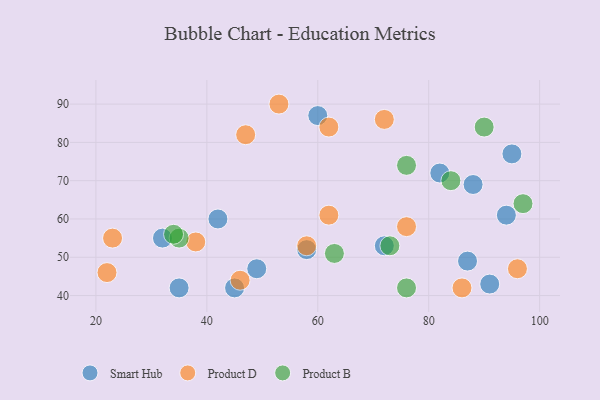
{"axis": {"x": "GDP", "y": "Life Expectancy"}, "legend": ["Product B", "Product D", "Smart Hub"], "data": [{"x": "95", "y": 77, "type": "Smart Hub"}, {"x": "49", "y": 47, "type": "Smart Hub"}, {"x": "91", "y": 43, "type": "Smart Hub"}, {"x": "87", "y": 49, "type": "Smart Hub"}, {"x": "35", "y": 42, "type": "Smart Hub"}, {"x": "58", "y": 52, "type": "Smart Hub"}, {"x": "88", "y": 69, "type": "Smart Hub"}, {"x": "72", "y": 53, "type": "Smart Hub"}, {"x": "60", "y": 87, "type": "Smart Hub"}, {"x": "94", "y": 61, "type": "Smart Hub"}, {"x": "82", "y": 72, "type": "Smart Hub"}, {"x": "32", "y": 55, "type": "Smart Hub"}, {"x": "42", "y": 60, "type": "Smart Hub"}, {"x": "45", "y": 42, "type": "Smart Hub"}, {"x": "62", "y": 84, "type": "Product D"}, {"x": "22", "y": 46, "type": "Product D"}, {"x": "96", "y": 47, "type": "Product D"}, {"x": "62", "y": 61, "type": "Product D"}, {"x": "72", "y": 86, "type": "Product D"}, {"x": "86", "y": 42, "type": "Product D"}, {"x": "38", "y": 54, "type": "Product D"}, {"x": "76", "y": 58, "type": "Product D"}, {"x": "46", "y": 44, "type": "Product D"}, {"x": "47", "y": 82, "type": "Product D"}, {"x": "58", "y": 53, "type": "Product D"}, {"x": "23", "y": 55, "type": "Product D"}, {"x": "53", "y": 90, "type": "Product D"}, {"x": "76", "y": 42, "type": "Product B"}, {"x": "90", "y": 84, "type": "Product B"}, {"x": "73", "y": 53, "type": "Product B"}, {"x": "63", "y": 51, "type": "Product B"}, {"x": "35", "y": 55, "type": "Product B"}, {"x": "84", "y": 70, "type": "Product B"}, {"x": "97", "y": 64, "type": "Product B"}, {"x": "76", "y": 74, "type": "Product B"}, {"x": "34", "y": 56, "type": "Product B"}]}